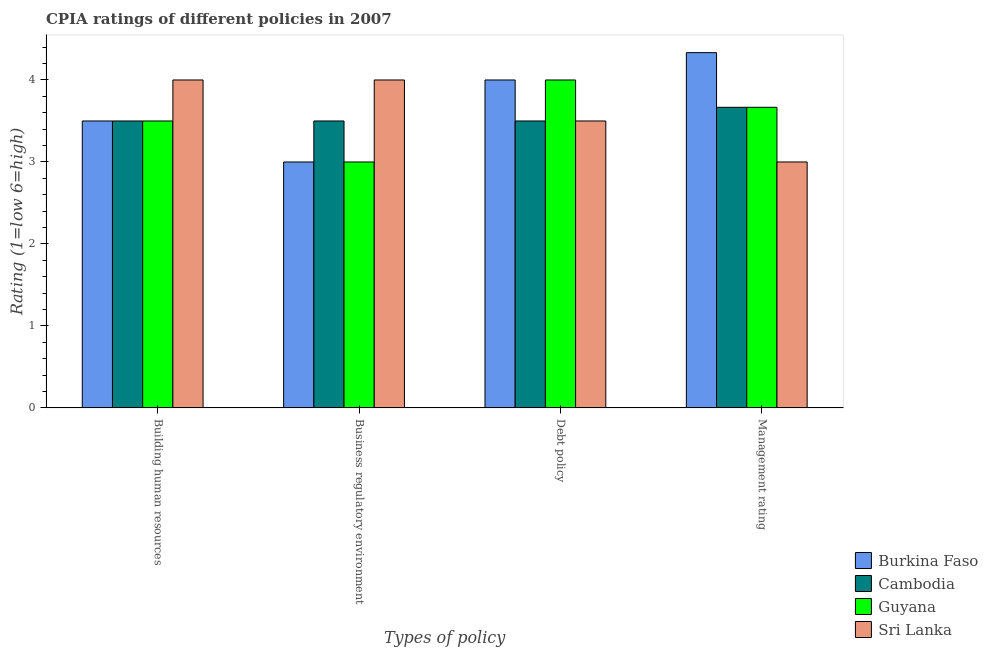
| Types of policy | Burkina Faso | Cambodia | Guyana | Sri Lanka |
 | --- | --- | --- | --- | --- |
 | Building human resources | 3.5 | 3.5 | 3.5 | 4 |
 | Business regulatory environment | 3 | 3.5 | 3 | 4 |
 | Debt policy | 4 | 3.5 | 4 | 3.5 |
 | Management rating | 4.33 | 3.67 | 3.67 | 3 |